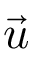
\vec { u }